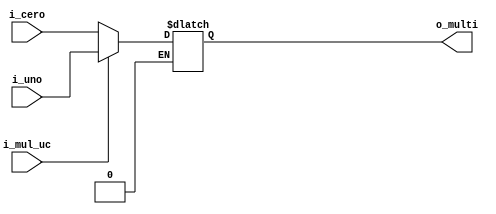
`timescale 1ps/1ps

module multiplexor_11
(
input i_mul_uc, //salida de la uc y entrada del multiplexor 
input [31:0]i_uno,    //entrada en la posicion uno 
input [31:0]i_cero,     //entrada en la pocision 0 
output reg[31:0]o_multi
);
always @(*)
begin 
	if(i_mul_uc==1)
	begin
		o_multi=i_uno;
	end
	if(i_mul_uc==0)
	begin
		o_multi=i_cero;
	end 
end 
endmodule